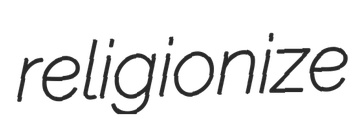
religionize